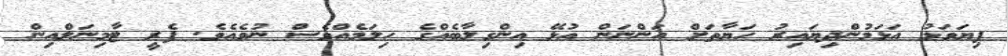
ފިޔަވަޅު އަޅަމުންދިޔައިރު ހަޔާތަށް އަންނަން އުޅޭ އިންގިލާބެއްގެ ހިލަމެއްވެސް ނުވެއެވެ. ފެރީ ޓާމިނަލްއިން